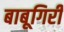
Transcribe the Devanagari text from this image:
बाबूगिरी